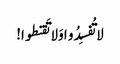
لا تُفسِدُو ا وَلا تَقنطوا!